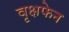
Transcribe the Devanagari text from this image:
वृक्षफेन